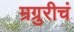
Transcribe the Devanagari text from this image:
म्रग्रुरीचं